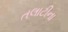
તલાટીના